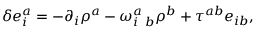
\delta e _ { i } ^ { a } = - \partial _ { i } \rho ^ { a } - \omega _ { i \; \; b } ^ { a } \rho ^ { b } + \tau ^ { a b } e _ { i b } ,